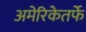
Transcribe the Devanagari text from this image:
अमेरिकेतर्फे